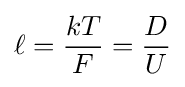
\ell ={\frac {kT}{F}}={\frac {D}{U}}